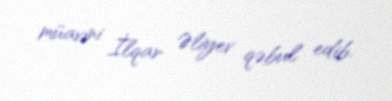
müavini İlqar Əliyev qəbul edib.